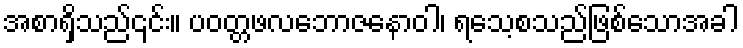
အစာရှိသည်၎င်း။ ပဝတ္တဖလဘောဇနောဝါ၊ ရသေ့စသည်ဖြစ်သောအခါ